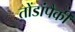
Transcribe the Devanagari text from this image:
तोंडांपैकी